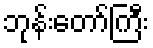
ဘုန်းတော်ကြီး